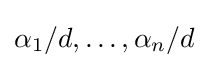
\alpha _{1}/d,\ldots ,\alpha _{n}/d